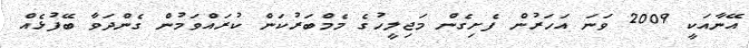
އޭނާއަކީ 2009 ވަނަ އަހަރުން ފެށިގެން މަޖިލީހުގެ މެމްބަރުކަން ކުރައްވަމުން ގެންދަވާ ބޭފުޅެއް